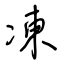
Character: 凍